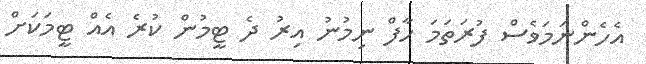
އެހެންނަމަވެސް ފުރަތަމަ ހާފް ނިމުނު އިރު ދެ ޓީމުން ކުރެ އެއް ޓީމަކަށް